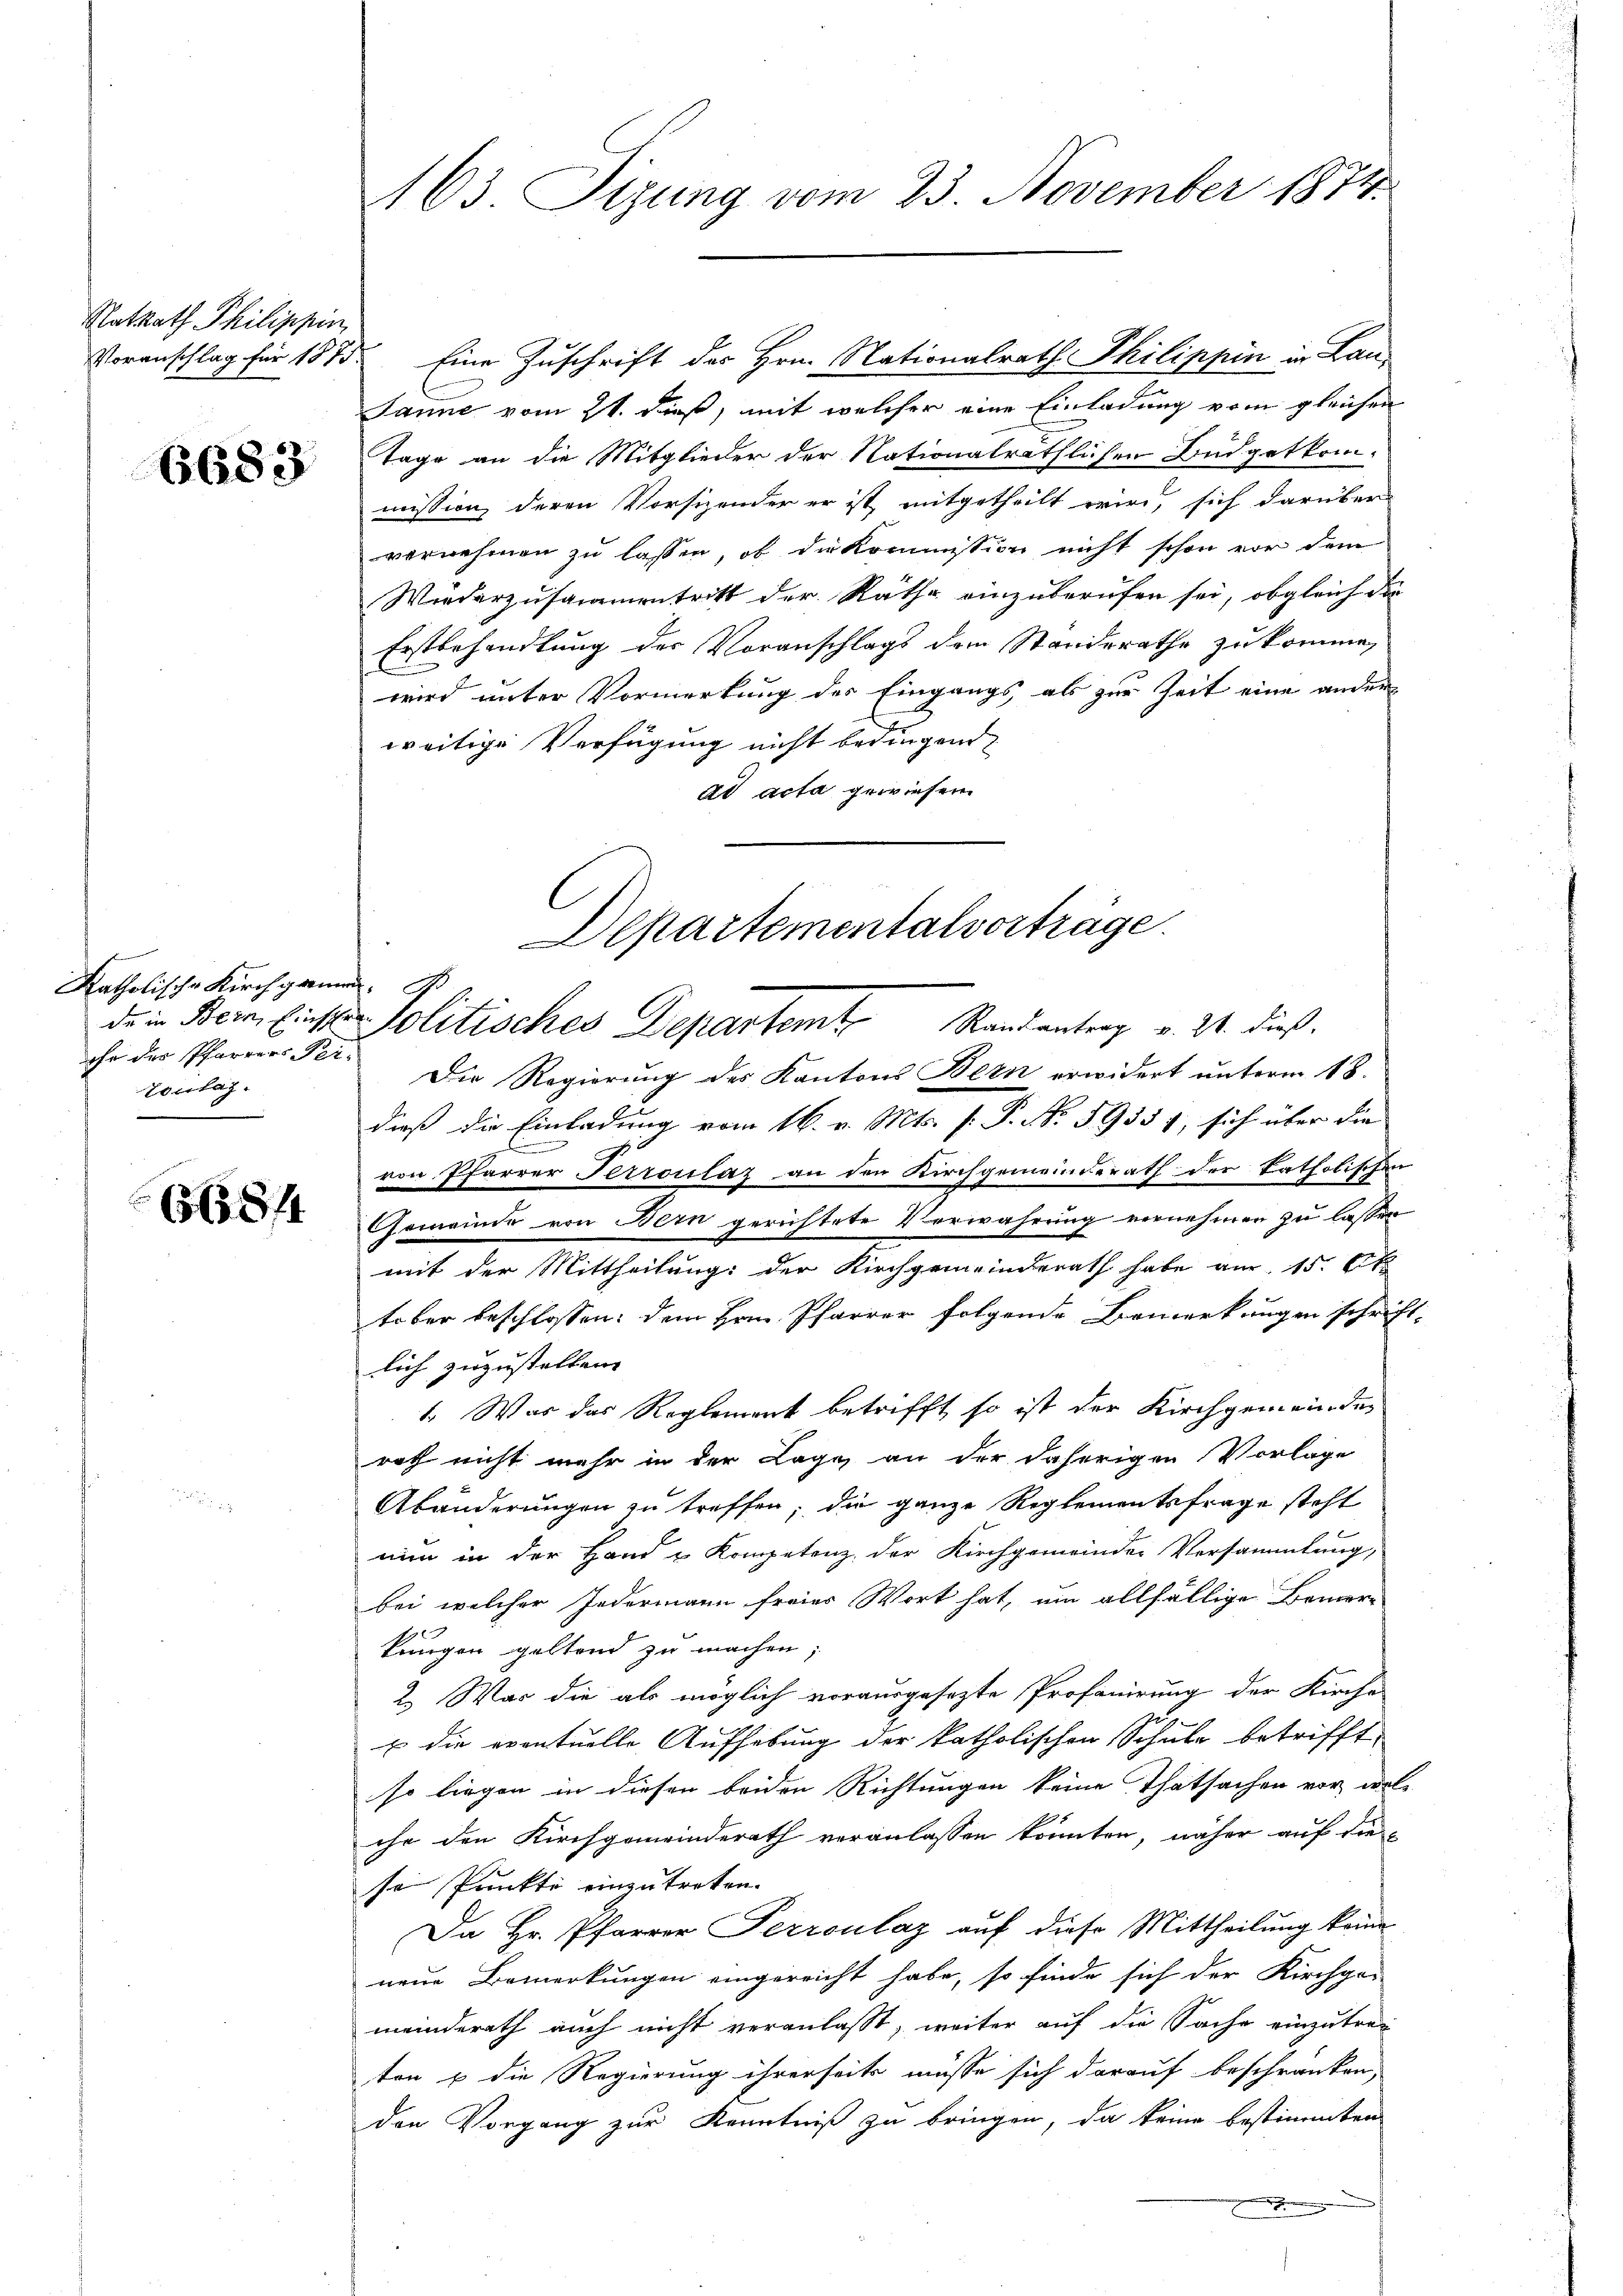
RatRath Philippin

6683

Katholische Kirchgennen.
che der Pfarrers Pei-
Toulag

665 f

163. Sizung vom 23. November 1874.

Voranschlag für 1875. Eine Zuschrift des Hrn. Nationalrath Philippin in Lan¬
Janne vom 21. dieß, mit welcher eine Einladung vom gleichen
Tage an die Mitglieder der Nationalräthlichen Budgetkommission deren Vorsizender er ist, mitgetheilt wird, sich darüber
vernehmen zŭ lassen, ob die Kommission nicht schon vor dem
Worderzusammentritt der Räthe einzuberufen sei, obgleich die
Erstbehandlung des Voranschlags dem Standerathe zu komme,
wird unter Vormerkung des Eingangs als zur Zeit eine ander
weitige Verfügung nicht bedingend
ad acta gewiesen.
Departementalvorträge.

dein Bern Eins Politisches Departemt. Randantrag v. 21. dieß.

Die Regierung des Kantons Bern erwidert unterm 18.
dieß die Einladung vom 16. v. Mts. f. P. No. 59551, sich über die
von Pfarrer Terroulaz an den Kirchgemeinderath der katholischen
Gemeinde von Bern gerichtete Verwahrung vernehmen zu lassen
mit der Mittheilung: der Kirchgemeinderath habe am 15. 6
tober beschlossen: dem Hrn. Pfarrer folgende Bemerkungen schriftlich zuzustellen. |
1. Was das Reglement betrifft, so ist der Kirchgemeindes
rath nicht mehr in der Lage an der daherigen Vorlage
Abänderungen zu treffen; die ganze Reglementsfrage steht
num in der Hand u Kompetenz der Kirchgemeinder Versammlung,
bei welcher Jedermann freies Wort hat, um allfällige Bemerkungen geltend zu machen;
2. War die als möglich vorausgesezte Professirung der Kirche
u die eventuelle Aufhebung der katholischen Schule betrifft,
so liegen in diesen beiden Richtungen keine Thatsachen vor, wel-
che den Kirchgemeinderath veranlassen könnten, näher auf die
se Punkte einzutreten.
Da Hr. Pfarrer Perroulaz auf diese Mittheilung keine
neue Bemerkungen eingereicht habe, so finde sich der Kirchges
meinderath auch nicht veranlaßt, weiter auf die Sache einzutrei
ton & die Regierung ihrerseits müsse sich darauf beschränken,
den Vorgang zur Kenntniß zu bringen, da keine bestimmten
.